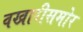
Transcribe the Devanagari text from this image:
वखारीसमोर